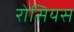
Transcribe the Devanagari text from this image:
रोसियस